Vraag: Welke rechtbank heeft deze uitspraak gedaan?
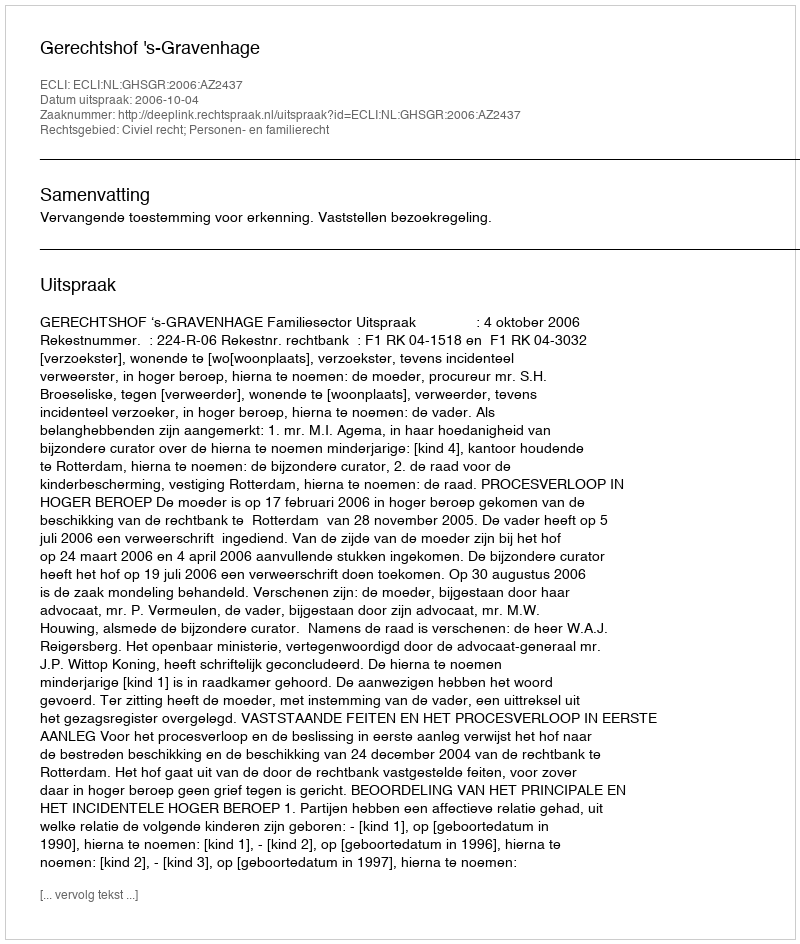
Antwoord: Gerechtshof 's-Gravenhage